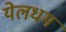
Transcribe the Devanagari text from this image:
येलधम